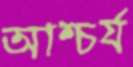
আশ্চর্য